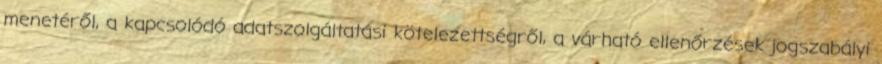
menetéről, a kapcsolódó adatszolgáltatási kötelezettségről, a várható ellenőrzések jogszabályi